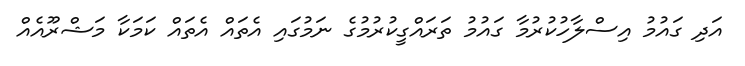
އަދި ގައުމު އިސްލާހުކުރުމާ ގައުމު ތަރައްގީކުރުމުގެ ނަމުގައި އެތައް އެތައް ކަމަކާ މަޝްރޫއެއް